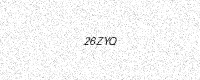
Text: 26ZYQ